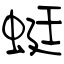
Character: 蜓